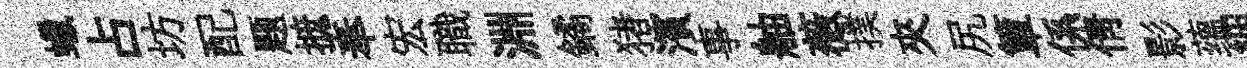
蠟占坊配题摭奉宏職淵鐍猪濱事舳薇撲夾尻簞係倩影蕴絪